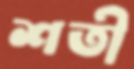
শতী